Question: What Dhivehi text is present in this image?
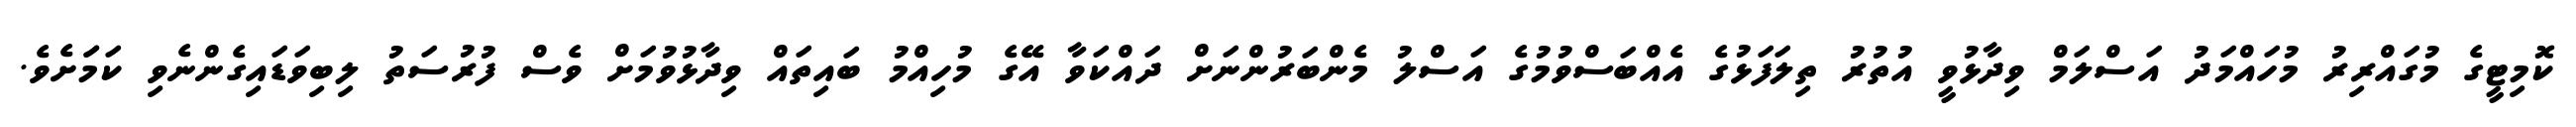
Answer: ކޮމިޓީގެ މުގައްރިރު މުހައްމަދު އަސްލަމް ވިދާޅުވީ އުތުރު ތިލަފަޅުގެ އެއްބަސްވުމުގެ އަސްލު މެންބަރުންނަށް ދައްކަވާ އޭގެ މުހިއްމު ބައިތައް ވިދާޅުވުމަށް ވެސް ފުރުސަތު ލިބިވަޑައިގެންނެވި ކަމަަށެވެ.